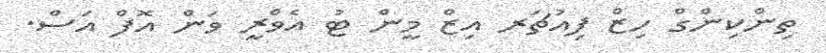
ތިންކިންގް ހިޒް ފިއުޗަރ އިޒް މީން ޓު އެވްރީ ވަން އޮފް އަސް.